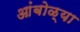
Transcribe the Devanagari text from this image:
आंबोळ्या